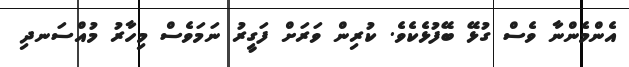
އެންމެންނާ ވެސް ގުޅޭ ބޭފުޅެކެވެ. ކުރިން ވަރަށް ފަގީރު ނަމަވެސް މިހާރު މުއްސަނދި